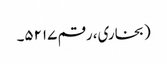
(بخاری، رقم ۵۲۱۷۔